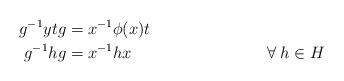
LaTeX: \begin{align*}g^{-1}ytg&=x^{-1}\phi(x)t\\g^{-1}hg&=x^{-1}hx &\forall \:h\in H\end{align*}